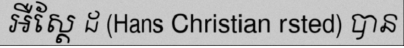
អឺស្តែ ដ (Hans Christian rsted) បាន